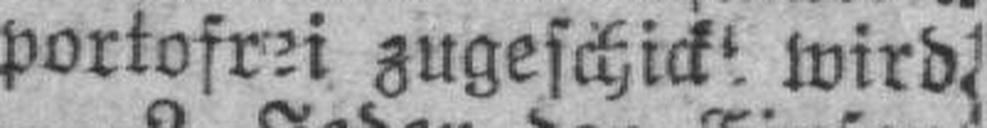
portofrei zugeschickt wird.